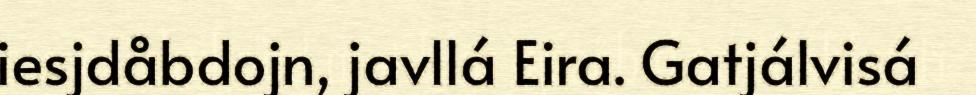
iesjdåbdojn, javllá Eira. Gatjálvisá